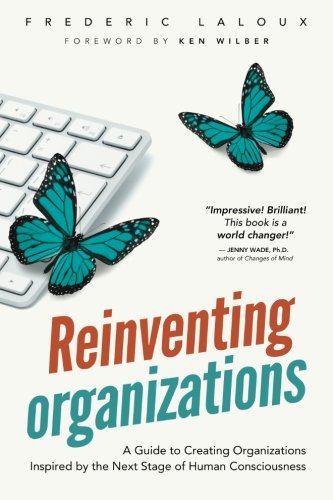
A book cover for Reinventing Organizations; Frederic Laloux; Business & Money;